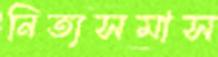
নিত্যসমাস